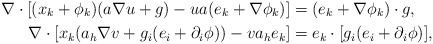
LaTeX: \begin{align*}\nabla\cdot[(x_k+\phi_k)(a\nabla u+g)-ua(e_k+ \nabla\phi_k)]&=(e_k+\nabla\phi_k)\cdot g,\\\nabla\cdot[x_k(a_h\nabla v+g_i(e_i+\partial_i\phi))- v a_he_k]&=e_k\cdot [g_i(e_i+\partial_i\phi)],\end{align*}